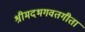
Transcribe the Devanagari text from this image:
श्रीमदभगवतगीता